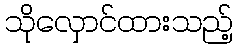
သိုလှောင်ထားသည့်